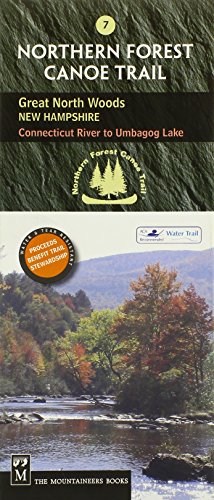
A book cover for Northern Forest Canoe Trail: Great North Woods: New Hampshire, Connecticut River to Umbagog Lake; Staff of the Northern Forest Canoe Trail; Travel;